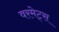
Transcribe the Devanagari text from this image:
वरमेट्स